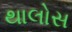
થાલોસ